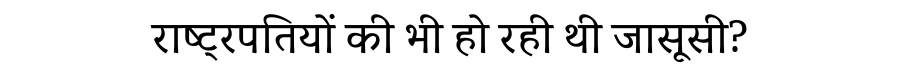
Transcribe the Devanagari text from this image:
राष्ट्रपतियों की भी हो रही थी जासूसी?